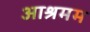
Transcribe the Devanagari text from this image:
आश्रमम